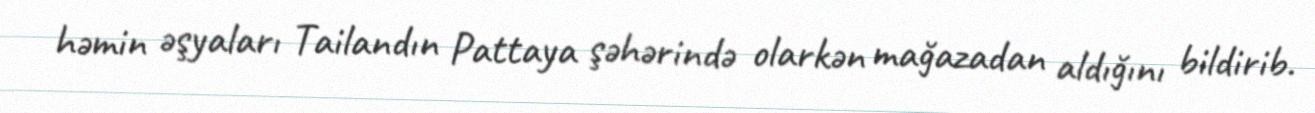
həmin əşyaları Tailandın Pattaya şəhərində olarkən mağazadan aldığını bildirib.